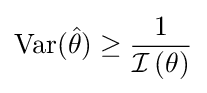
\operatorname {Var} ({\hat {\theta }})\geq {\frac {1}{{\mathcal {I}}\left(\theta \right)}}